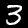
Digit: 3